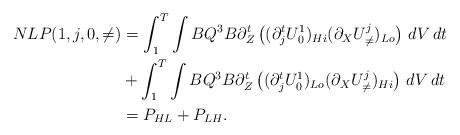
LaTeX: \begin{align*}NLP(1,j,0,\neq) & = \int_1^T \int B Q^3 B\partial_Z^t \left( (\partial_j^t U^1_0)_{Hi} (\partial_X U^j_{\neq} )_{Lo} \right) \,dV\,dt \\ & + \int_1^T \int B Q^3 B\partial_Z^t \left( (\partial_j^t U^1_0)_{Lo} (\partial_X U^j_{\neq} )_{Hi} \right) \,dV\,dt \\& = P_{HL} + P_{LH}. \end{align*}